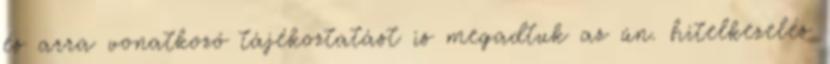
és arra vonatkozó tájékoztatást is megadtuk az ún. hitelkezelés